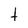
Character: t